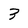
Character: 3